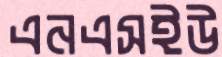
এনএসইউ